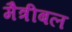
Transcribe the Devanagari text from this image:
मैत्रीबल